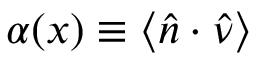
\alpha ( x ) \equiv \langle \hat { n } \cdot \hat { \nu } \rangle